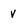
Character: v